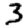
Digit: 3